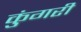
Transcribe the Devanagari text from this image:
कुंगरी